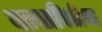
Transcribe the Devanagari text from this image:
वडसावित्रीचा